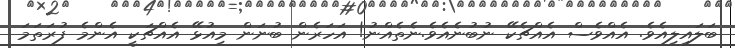
ބަލައިލިއެވެ. އެއްވެސް އެއްޗެކޭ ނުބުނެއެވެ.ނެތެއްނު! އަހަރެން ބުނަން މިއުޅޭ އެއްޗަކީ އެންމެ ފުރަތަމަ